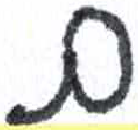
אות: ם